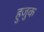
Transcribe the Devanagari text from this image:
हुजुक